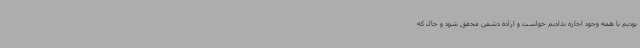
بودیم با همه وجود اجازه ندادیم خواست و اراده دشمن محقق شود و حال که